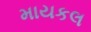
માયકલ